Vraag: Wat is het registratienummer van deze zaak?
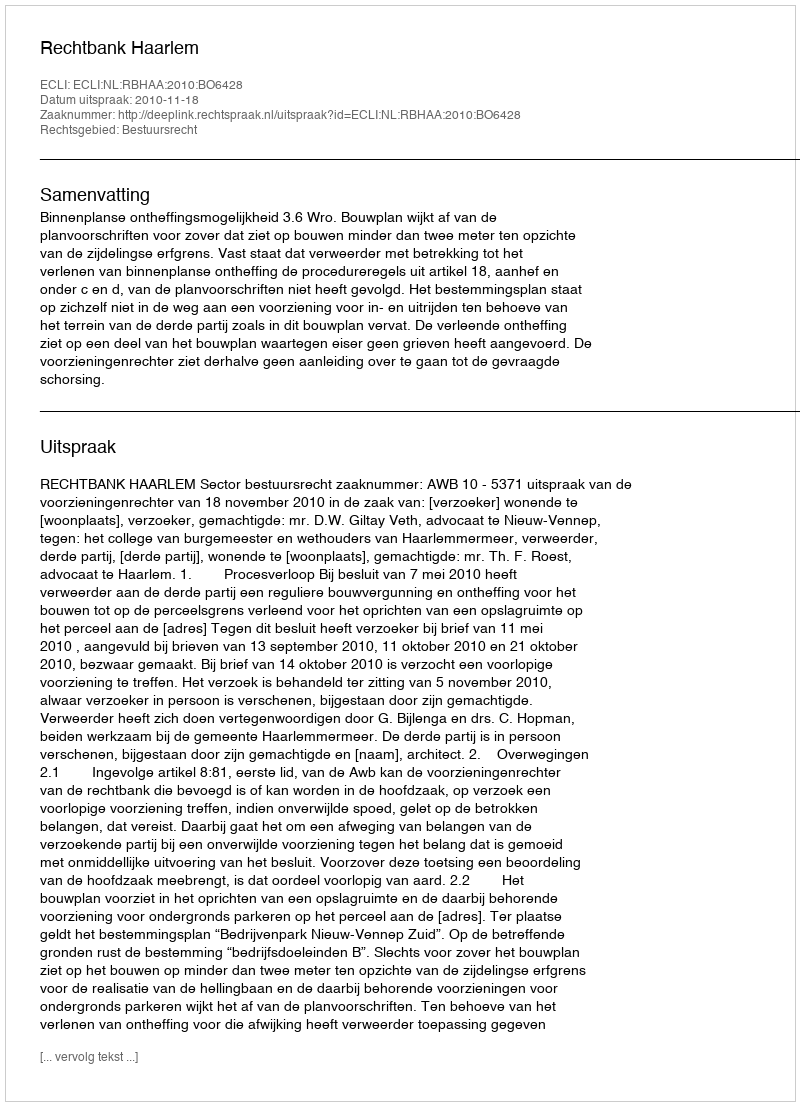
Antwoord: http://deeplink.rechtspraak.nl/uitspraak?id=ECLI:NL:RBHAA:2010:BO6428